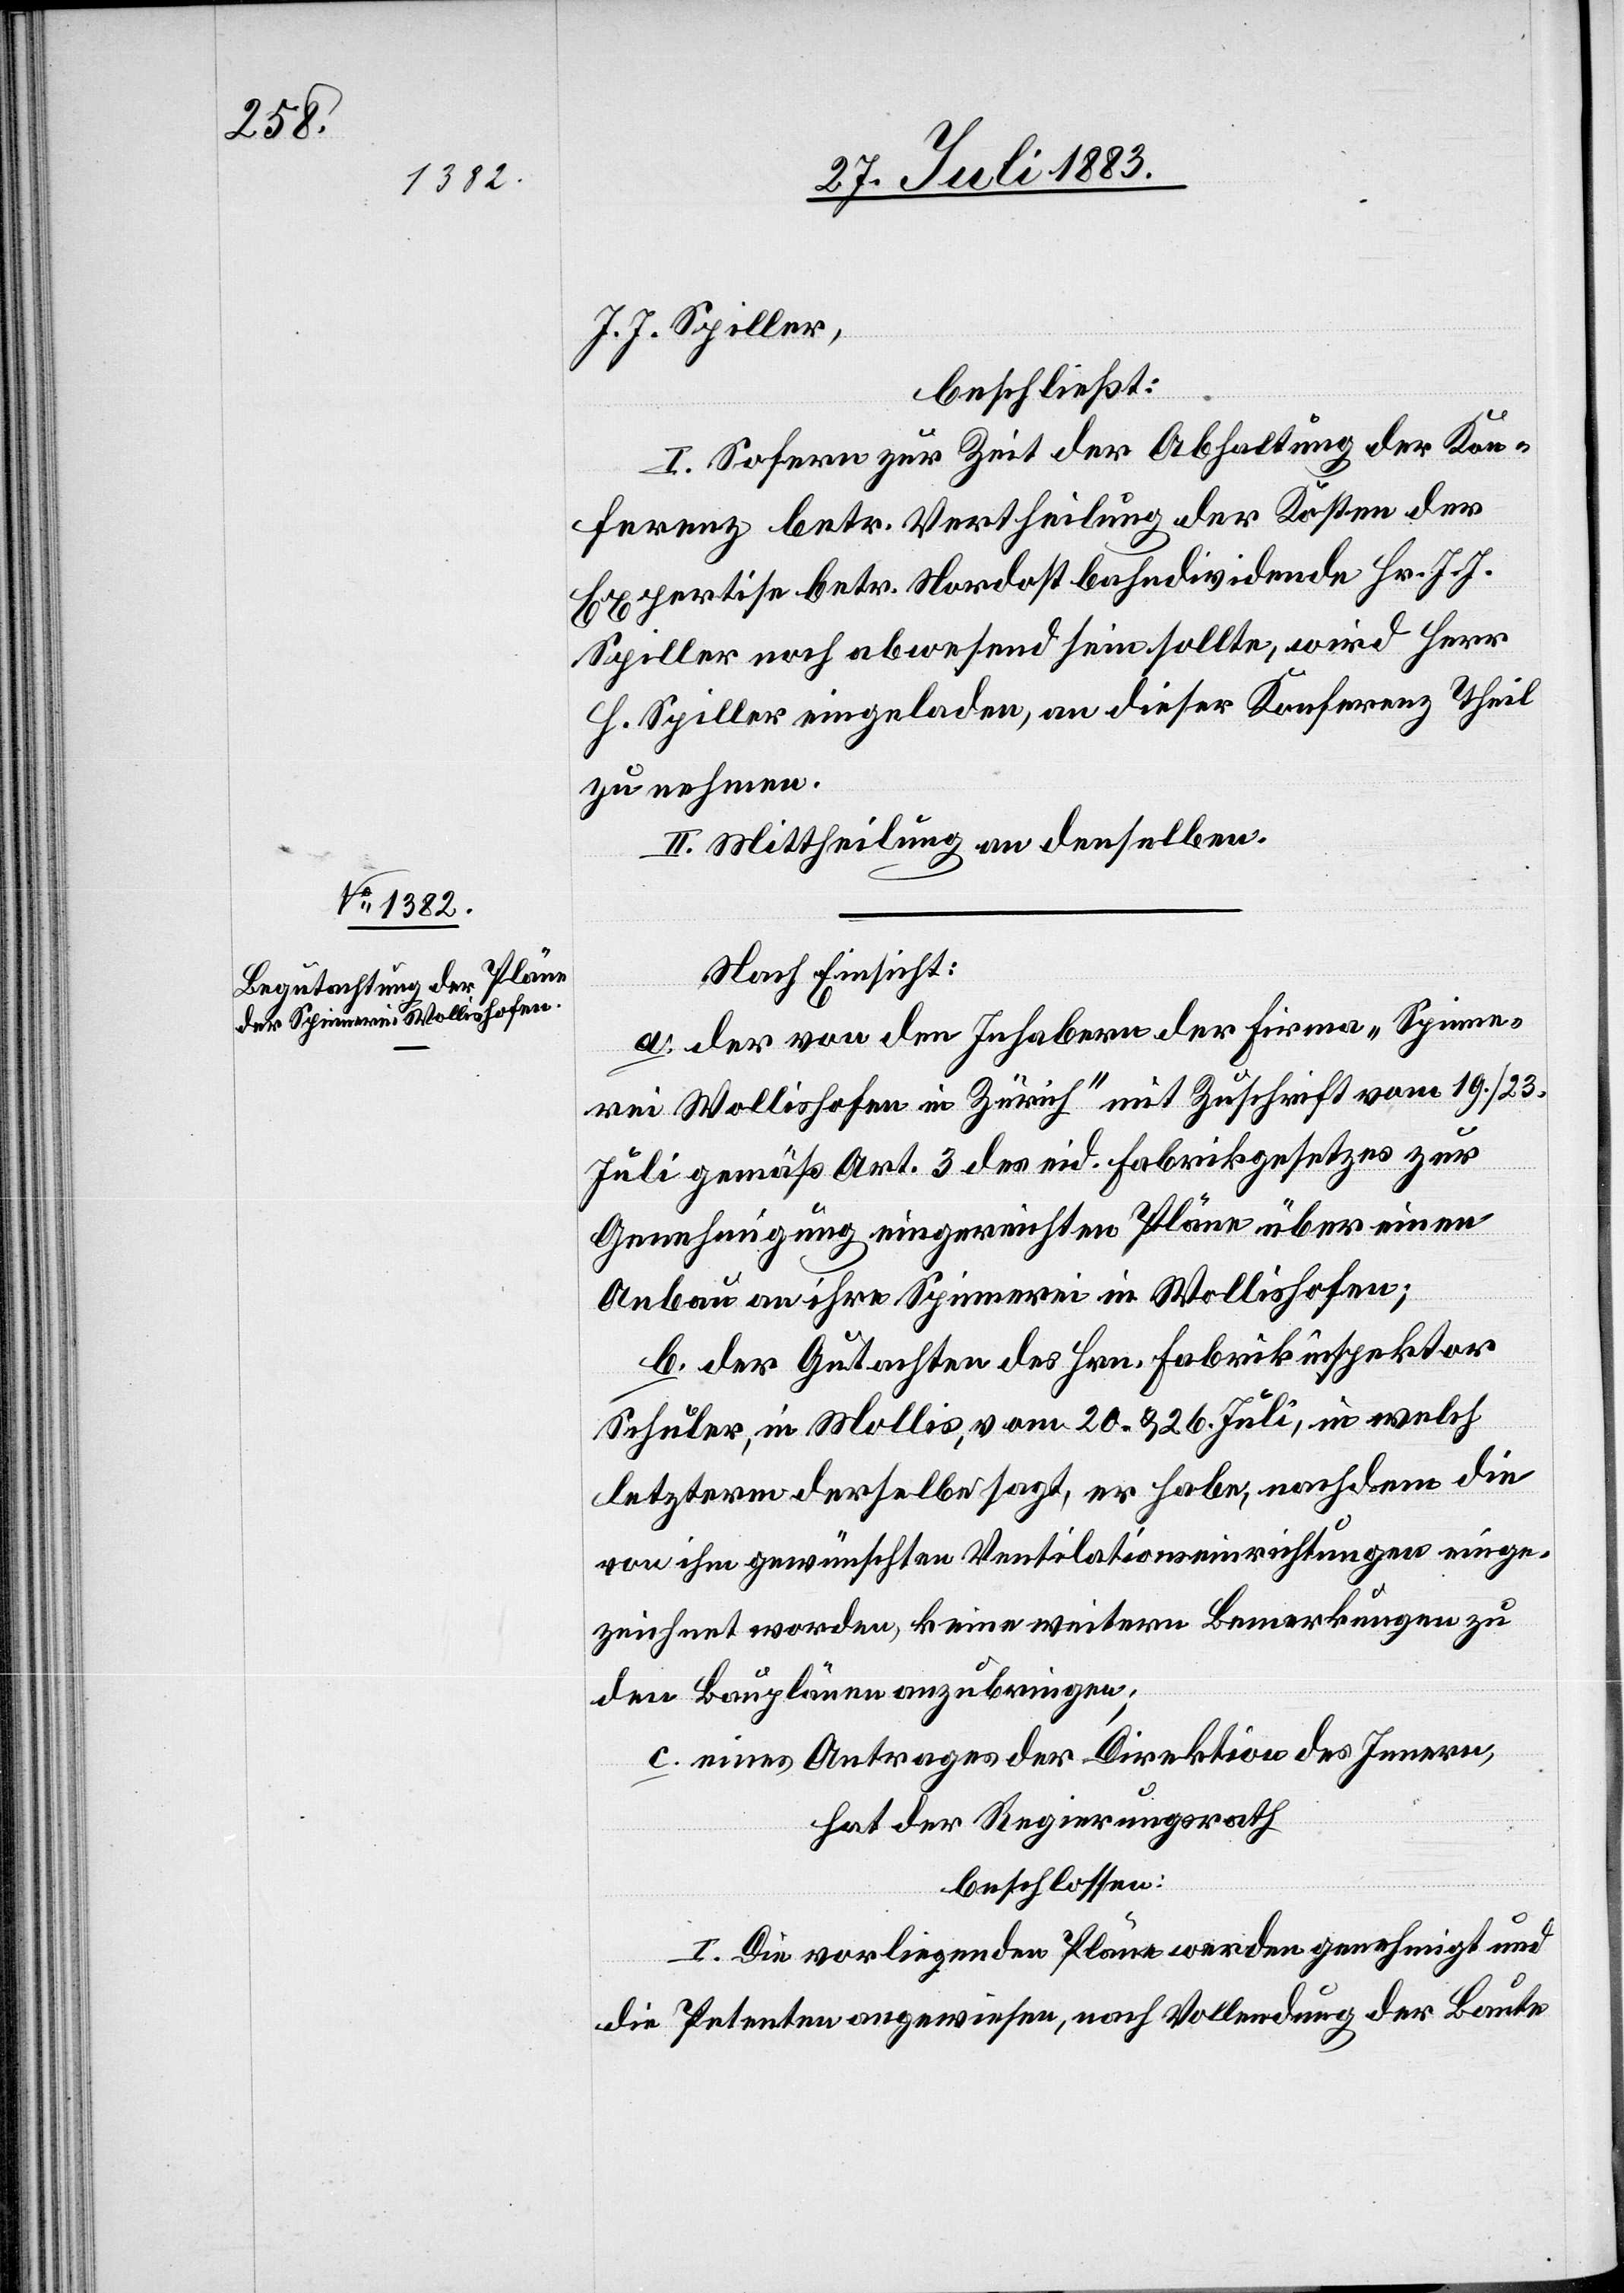
J. J. Spiller,
beschließt:
I. Sofern zur Zeit der Abhaltung der Kon¬
ferenz betr. Vertheilung der Kosten der
Expertise betr. Nordostbahndividende Hr. J. J.
Spiller noch abwesend sein sollte, wir Herr
H. Spiller eingeladen, an dieser Konferenz theil
zu nehmen.
II. Mittheilung an denselben.
Nach Einsicht:
a. der von den Inhabern der Firma „Spinne¬
rei Wollishofen in Zürich“ mit Zuschrift vom 19./23.
Juli gemäß Art. 3 des eid. Fabrikgesetzes zur
Genehmigung eingereichten Pläne über einen
Anbau an ihre Spinnerei in Wollishofen;
b. der Gutachten des Hrn. Fabrikinspektor
Schuler, in Mollis, vom 20. & 26. Juli, in welch
letzterm derselbe sagt, er habe, nachdem die
von ihm gewünschten Ventilationseinrichtungen ein¬
zeichnet worden, keine weitern Bemerkungen zu
den Bauplänen anzubringen;
c. eines Antrages der Direktion des Innern,
hat der Regierungsrath
beschlossen:
I. Die vorliegenden Pläne werden genehmigt und
die Petenten angewiesen, nach Vollendung der Baute